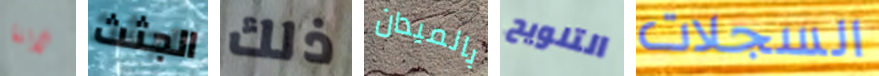
لاننا الجثث ذلك بالميدان التلويح السجلات